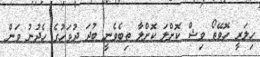
ހިލަރީ ހޮވޭތޯ ވިޝް ކޮށްލަ ކޮށްލާ ތިބެވެނީ ބުދަ ދުވަހުގެ ހެދުނު ވަން